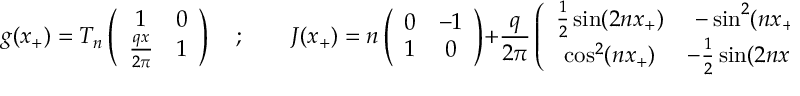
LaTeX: g ( x _ { + } ) = T _ { n } \left( \begin{array} { c c } { { 1 } } & { { 0 } } \\ { { \frac { q x } { 2 \pi } } } & { { 1 } } \end{array} \right) \quad ; \qquad J ( x _ { + } ) = n \left( \begin{array} { c c } { { 0 } } & { { - 1 } } \\ { { 1 } } & { { 0 } } \end{array} \right) + \frac { q } { 2 \pi } \left( \begin{array} { c c } { { \frac { 1 } { 2 } \sin ( 2 n x _ { + } ) } } & { { - \sin ^ { 2 } ( n x _ { + } ) } } \\ { { \cos ^ { 2 } ( n x _ { + } ) } } & { { - \frac { 1 } { 2 } \sin ( 2 n x _ { + } ) } } \end{array} \right) \, \, .